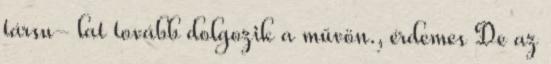
társu- lat tovább dolgozik a művön., érdemes De az